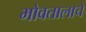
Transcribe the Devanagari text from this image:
भोवतालाचे